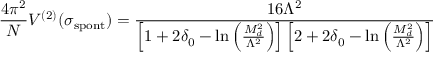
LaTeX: \frac { 4 \pi ^ { 2 } } { N } V ^ { ( 2 ) } ( \sigma _ { \mathrm { s p o n t } } ) = \frac { 1 6 \Lambda ^ { 2 } } { \left[ 1 + 2 \delta _ { 0 } - \ln \left( \frac { M _ { d } ^ { 2 } } { \Lambda ^ { 2 } } \right) \right] \left[ 2 + 2 \delta _ { 0 } - \ln \left( \frac { M _ { d } ^ { 2 } } { \Lambda ^ { 2 } } \right) \right] }